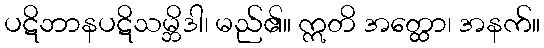
ပဋိဘာနပဋိသမ္ဘိဒါ၊ မည်၏။ ဣတိ အတ္ထော၊ အနက်။